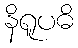
နိရူပဓိ